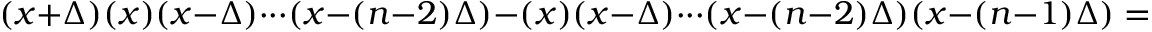
( x + \Delta ) ( x ) ( x - \Delta ) \cdot \cdot \cdot ( x - ( n - 2 ) \Delta ) - ( x ) ( x - \Delta ) \cdot \cdot \cdot ( x - ( n - 2 ) \Delta ) ( x - ( n - 1 ) \Delta ) =